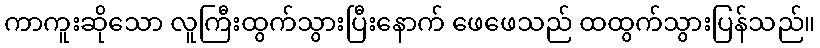
ကာကူးဆိုသော လူကြီးထွက်သွားပြီးနောက် ဖေဖေသည် ထထွက်သွားပြန်သည်။